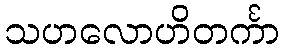
သဟလောဟိတင်္ကာ